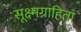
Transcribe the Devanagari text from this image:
सूक्ष्मग्राहिता